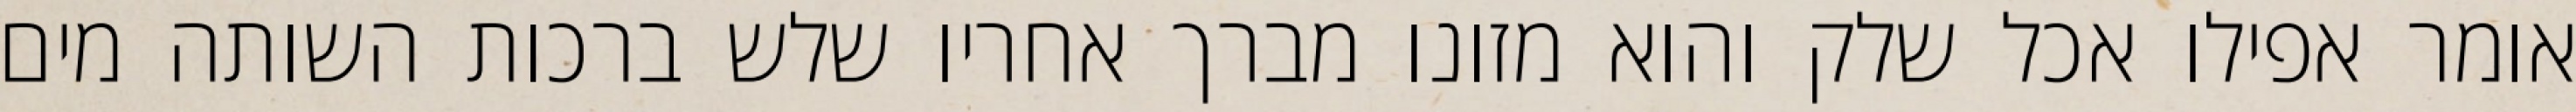
אומר אפילו אכל שלק והוא מזונו מברך אחריו שלש ברכות השותה מים